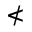
\nless